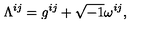
\Lambda ^ { i j } = g ^ { i j } + \sqrt { - 1 } \omega ^ { i j } ,